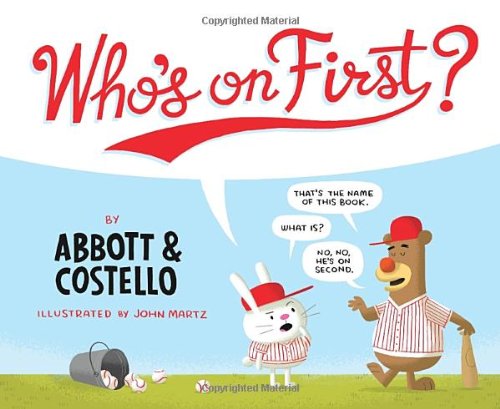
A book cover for Who's on First?; Bud Abbott; Children's Books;